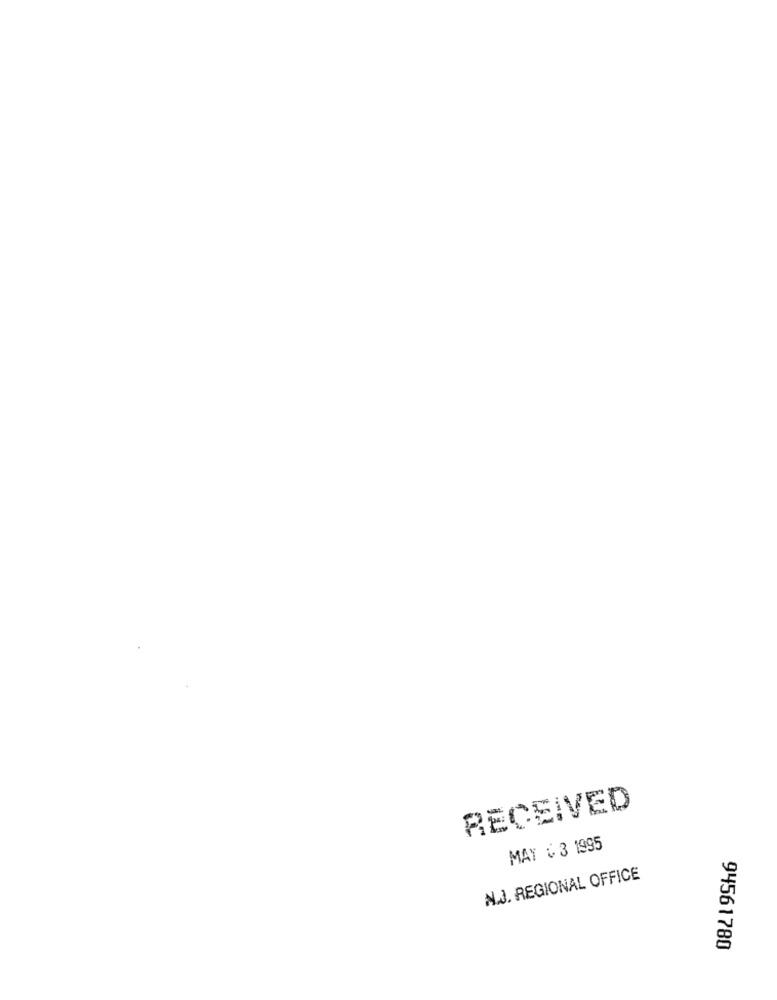
RECEIVED
MAY & 3 1995
N.J. REGIONAL OFFICE
94561780